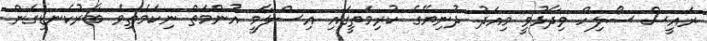
ރައީސް ސޯލިހް ވިދާޅުވީ މިއަދު ދުނިޔޭގެ ކުރިމަތީގައި އިސްލާމީ އުންމަތް ނިކަމެތިވެ ބާރުކެނޑިގެން